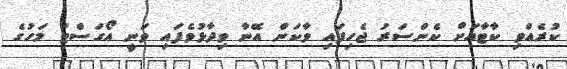
ކުރެއްވި ކާޓާއަށް ކެންސަރު ޖެހިފައި ވާކަން އޭނާ ވިދާޅުވެފައި ވަނީ އޯގަސްޓު މަހުގެ